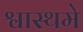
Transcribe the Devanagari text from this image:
श्वास्थमे